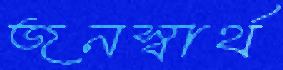
জনস্বার্থ